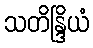
သတိန္ဒြိယံ